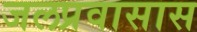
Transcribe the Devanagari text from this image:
जलप्रवासास